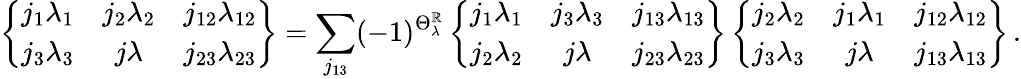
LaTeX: \left\{ \begin{array}{ccc}{{j_{1}\lambda_{1}}}&{{j_{2}\lambda_{2}}}&{{j_{12}\lambda_{12}}}\\ {{j_{3}\lambda_{3}}}&{{j\lambda}}&{{j_{23}\lambda_{23}}}\end{array}\right\} =\sum_{j_{13}}(-1)^{\Theta_{\lambda}^{\mathbb{R}}}\left\{ \begin{array}{ccc}{{j_{1}\lambda_{1}}}&{{j_{3}\lambda_{3}}}&{{j_{13}\lambda_{13}}}\\ {{j_{2}\lambda_{2}}}&{{j\lambda}}&{{j_{23}\lambda_{23}}}\end{array}\right\} \left\{ \begin{array}{ccc}{{j_{2}\lambda_{2}}}&{{j_{1}\lambda_{1}}}&{{j_{12}\lambda_{12}}}\\ {{j_{3}\lambda_{3}}}&{{j\lambda}}&{{j_{13}\lambda_{13}}}\end{array}\right\} \, .